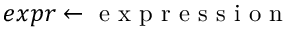
e x p r \gets \mathrm { ~ e ~ x ~ p ~ r ~ e ~ s ~ s ~ i ~ o ~ n ~ }